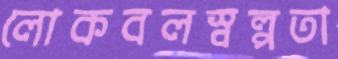
লোকবলস্বল্পতা